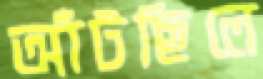
আঁটছিলে